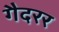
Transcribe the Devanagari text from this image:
गैदरर